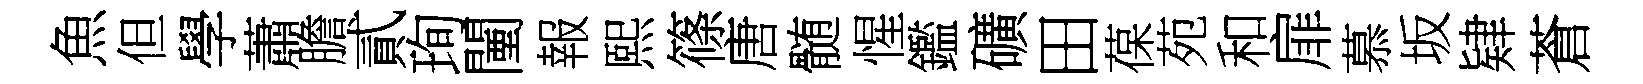
魚但學蕭膽貳珣闉報熙篠唐髄惺鑑礦田葆苑和扉慕坂肄蒼